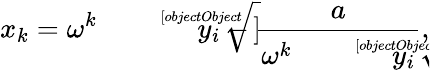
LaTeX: x_{k}=\omega^{k}{\sqrt[[objectObject]]{y_{i}}}-{\frac{a}{\omega^{k}{\sqrt[[objectObject]]{y_{i}}}}},